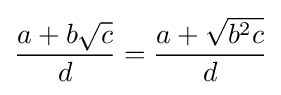
{\frac {a+b{\sqrt {c}}}{d}}={\frac {a+{\sqrt {b^{2}c}}}{d}}